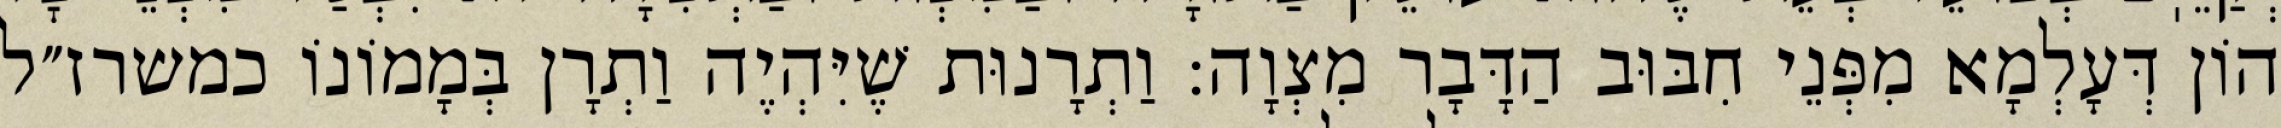
הוֹן דְּעָלְמָא מִפְּנֵי חִבּוּב הַדָּבָר מִצְוָה: וַתְרָנוּת שֶׁיִּהְיֶה וַתְרָן בְּמָמוֹנוֹ כמשרז״ל